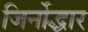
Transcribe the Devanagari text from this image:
जिर्नोद्धार